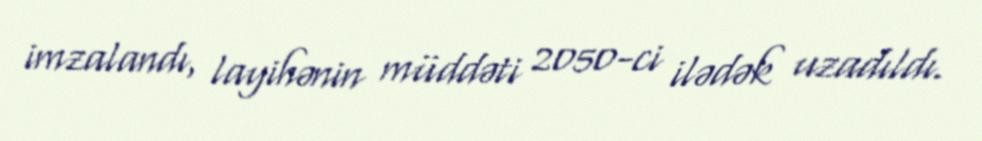
imzalandı, layihənin müddəti 2050-ci ilədək uzadıldı.